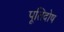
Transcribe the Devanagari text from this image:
पूतिदोष